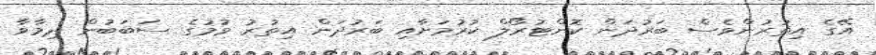
އޭގެ އިތުރުންވެސް ބަރުދަން ކޮންޓުރޯލް ކުރުމަށާއި ބަރުދަން އިތުރު ވުމުގެ ސަބަބުން ދިމާވާ